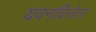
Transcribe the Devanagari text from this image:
यवनविजेता